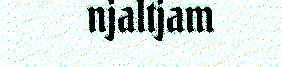
njaltjam